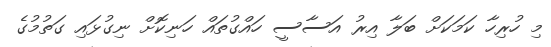
މި ހުރިހާ ކަމަކަށް ބަލާ އިރު އަސާސީ ހައްގުތައް ހަނިކޮށް ނިގުޅައި ގަތުމުގެ